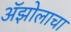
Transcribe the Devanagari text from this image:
ॲझोलाचा